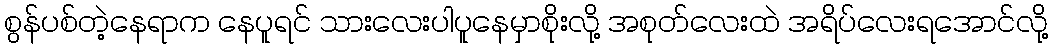
စွန်ပစ်တဲ့နေရာက နေပူရင် သားလေးပါပူနေမှာစိုးလို့ အစုတ်လေးထဲ အရိပ်လေးရအောင်လို့